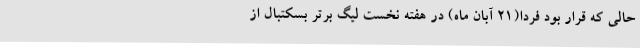
حالی که قرار بود فردا(21 آبان ماه) در هفته نخست لیگ برتر بسکتبال از